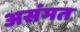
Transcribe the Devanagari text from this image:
असंमत